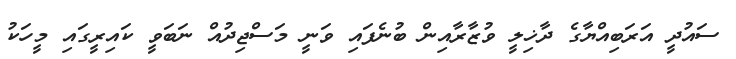
ސައުދީ އަރަބިއްޔާގެ ދާޚިލީ ވުޒާރާއިން ބުނެފައި ވަނީ މަސްޖިދުއް ނަބަވީ ކައިރީގައި މީހަކު